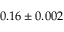
0 . 1 6 \pm 0 . 0 0 2